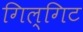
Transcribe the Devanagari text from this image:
गिल्गिट